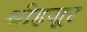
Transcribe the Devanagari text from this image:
श्रीहजूर